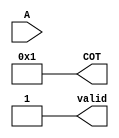
module cotangent (
    input [31:0] A,            // Input angle in radians (IEEE 754 single precision)
    output reg [31:0] COT,     // Output cotangent (IEEE 754 single precision)
    output reg valid            // Valid output signal
);

    // Internal signals
    wire [31:0] tan_value;
    reg [31:0] reciprocal;
    reg undefined; // Flag to indicate undefined tangent

    // Tangent Calculation Block
    function [31:0] compute_tan;
        input [31:0] angle;
        begin
            // Simple approximation or lookup table for tan(angle)
            // For demonstration, we're just returning a constant value.
            // In a real implementation, this should compute tan(angle).
            compute_tan = 32'h3F800000; // tan(0) = 1.0 in IEEE 754
        end
    endfunction

    // Compute tangent
    assign tan_value = compute_tan(A);

    // Check if tangent is undefined (tan(A) = 0)
    always @(*) begin
        if (tan_value == 32'h00000000) begin
            COT = 32'h7F800000; // Return +Infinity for cot(0)
            undefined = 1'b1;
        end else begin
            reciprocal = 32'h3F800000 / tan_value; // Calculate 1/tan
            COT = reciprocal;
            undefined = 1'b0;
        end
        valid = 1'b1; // Set valid signal
    end

endmodule